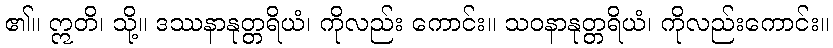
၏။ ဣတိ၊ သို့။ ဒဿနာနုတ္တရိယံ၊ ကိုလည်း ကောင်း။ သဝနာနုတ္တရိယံ၊ ကိုလည်းကောင်း။